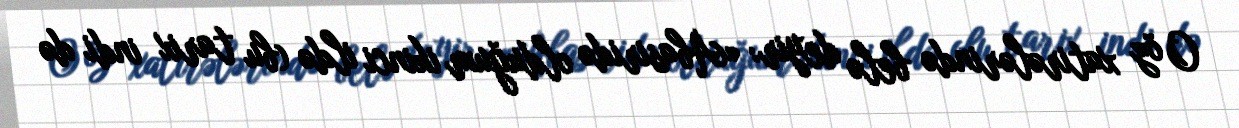
O öz xatirələrində belə deyir: «Abasiridə olduğum ikinci ildə (bu tarix indi də